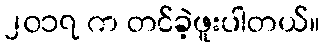
၂၀၁၇ က တင်ခဲ့ဖူးပါတယ်။